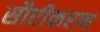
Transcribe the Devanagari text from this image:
सौरीकरण